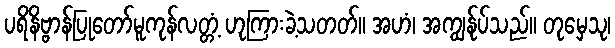
ပရိနိဗ္ဗာန်ပြုတော်မူကုန်လတ္တံ့ ဟုကြားခဲ့သတတ်။ အဟံ၊ အကျွန်ုပ်သည်။ တုမှေသု၊